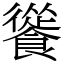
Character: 𩞐